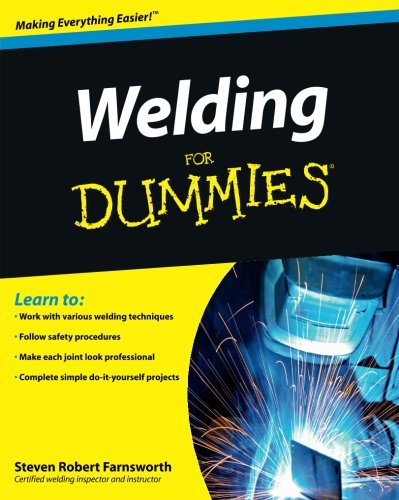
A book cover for Welding For Dummies; Steven Robert Farnsworth; Engineering & Transportation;